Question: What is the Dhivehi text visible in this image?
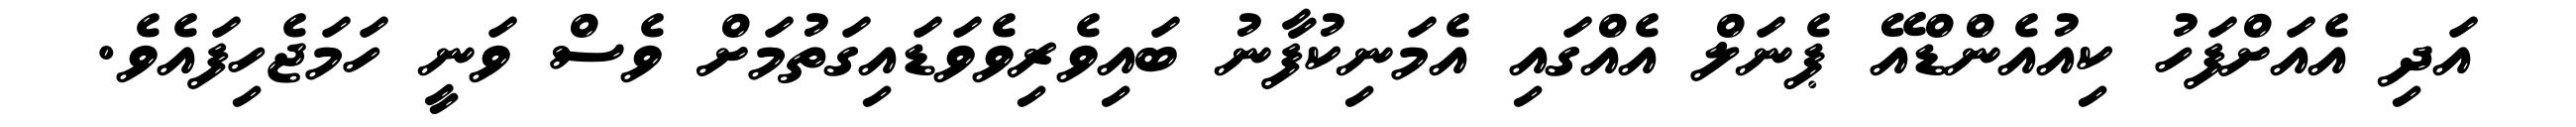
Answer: އަދި އެއަށްފަހު ކިއުއެންޑްއޭ ޕެނަލް އެއްގައި އެމަނިކުފާނު ބައިވެރިވެވަޑައިގަތުމަށް ވެސް ވަނީ ހަމަޖެހިފައެވެ.